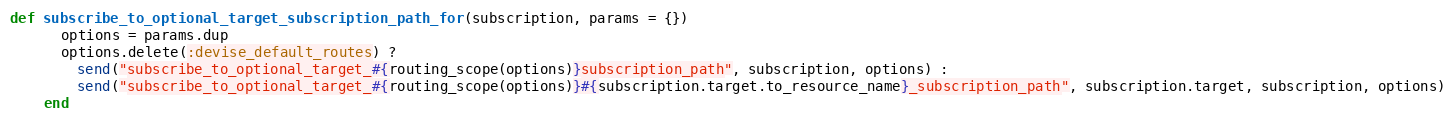
Language: Ruby
def subscribe_to_optional_target_subscription_path_for(subscription, params = {})
      options = params.dup
      options.delete(:devise_default_routes) ?
        send("subscribe_to_optional_target_#{routing_scope(options)}subscription_path", subscription, options) :
        send("subscribe_to_optional_target_#{routing_scope(options)}#{subscription.target.to_resource_name}_subscription_path", subscription.target, subscription, options)
    end